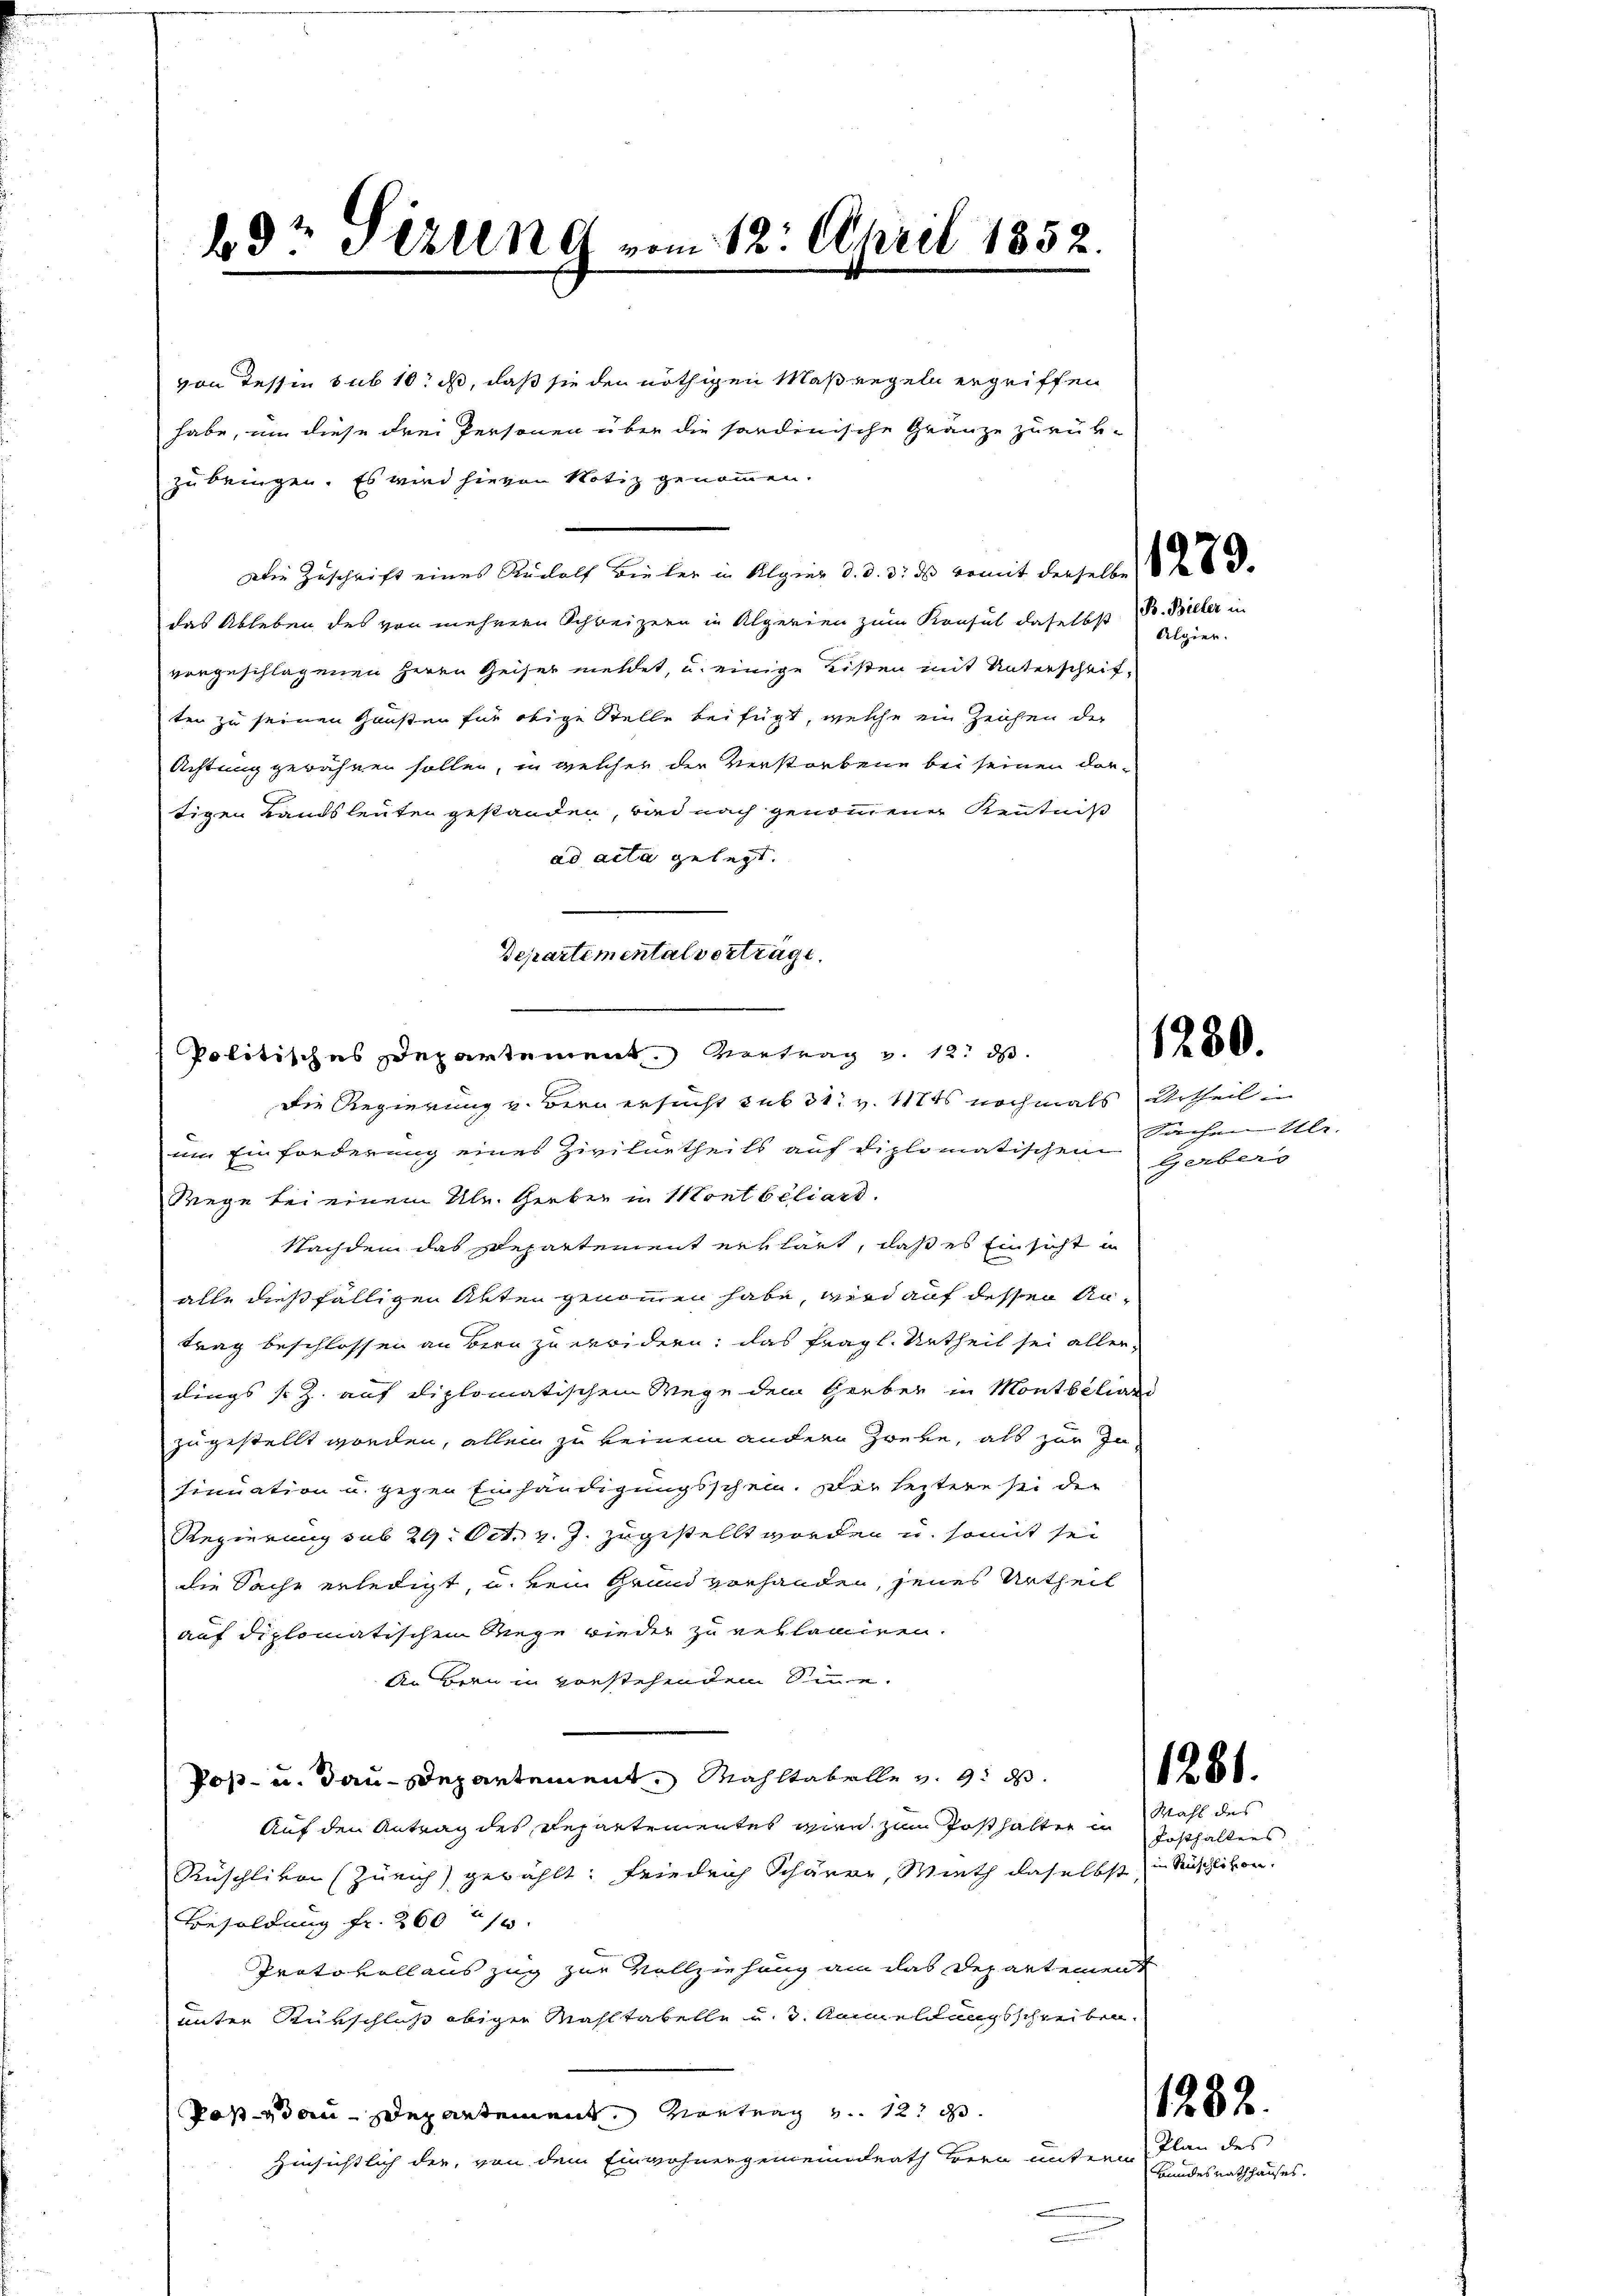
bdr Sitzung vom 12. April 1852.

von Tessin sub 10: ist, daß sie den nöthigen Maßregeln ergriffen
habe, um diese drei Personen über die sordinische Gränze zurück-
zubringen. Es wird hievon Notiz genommen.
Die Zuschrift eines Reclolf Bieler in Algier d. d. 3. ds womit derselbe
das Ableben des von mehrern Schweizern in Algerien zum Konsul daselbst B. Bicher un
vongeschlagenen Herrn Geiser meldet, u. einige Listen mit Unterschrifter zu seinen Gunsten für obige Stelle beifügt, welche ein Zeichen der
Achtung gewähren sollen, in welcher der Verstorbene bei seinen dortigen Landsleuten gestanden, sind nach genommener Kenntniß
ad acta gelegt.

Politisches Departement. Vertrag v. 12. ds.

Departemental vertragt.

Die Regierung v. Bern ersucht sub 31. v. Mts nochmals Urtheil
um Einforderung eines Zivilurtheils auf diplomatischen Gerbers
Wege bei einem Ulr. Gerber in Montbiliart.
Nachdem das Departement erklärt, daß es Einsicht in
alle dießfälligen Akten genommen habe, wird auf dessen Antrag beschlossen an Bern zu erwidern; das fragl. Urtheil sei aller-
dings s.Z. auf diplomatischem Wege dem Greber in Montbiliard
zugestellt worden, allein zu keinem andern Zweke, als zur In
sinuation u. gegen Einhändigungsschein. Der leztere sei den
Regierung sub 29. Oct. v. J. zugestellt worden u. somit sei
die Sache erledigt, u. kein Grund vorhanden, jenes Urtheil
auf diplomatischen Riege wieder zu reklamiren.
An Bern in vorstehenden Sinne.
Pos- u. dan-Departement, Mahltabelle v. 9. ds.
Auf den Antrag des Repartementes wir zum Posthalter in Posthaltens
Rüschliven (Zürich) gezählt: Friedrich Schärre, Mieth daselbst in Rüschlikon.
Besoldung fr. 260 n 1.
Protokollauszug zur Vollziehung an das Departement
unter Rückschluß obiger Mahltabelle u. 3. Anmeldungsschreiben.
Potsdau-Departement, Vortrag v. 12 d
Hinsichtlich der, von dem Einwohnergemeindrath Herr unterm Plan des

Algier.

1280.

Sachen Ulr.

1281.

Wahl des

1282.

Bundes Rathhauses.